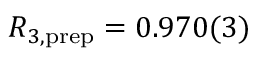
R _ { 3 , \mathrm { p r e p } } = 0 . 9 7 0 ( 3 )